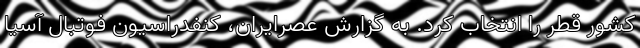
کشور قطر را انتخاب کرد. به گزارش عصرایران، کنفدراسیون فوتبال آسیا